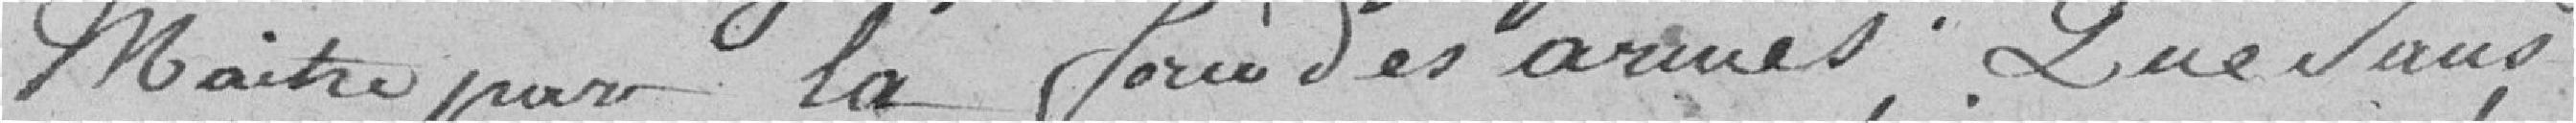
maître par la force des armes. Que sans